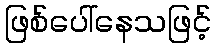
ဖြစ်ပေါ်နေသဖြင့်